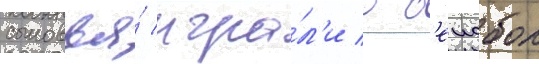
сыновья́ игра́л'и в б'еисбол